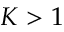
K > 1